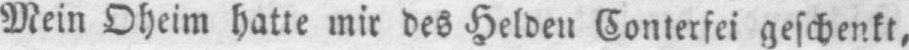
Mein Oheim hatte mir des Helden Conterfei geschenkt,